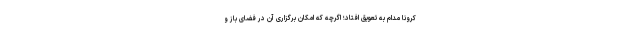
کرونا مدام به تعویق افتاد؛ اگرچه که امکان برگزاری آن در فضای باز و